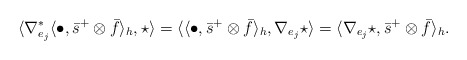
\begin{align*}\langle\nabla_{e_{j}}^{*}\langle\bullet, \bar{s}^{+}\otimes \bar{f} \rangle_{h},\star\rangle=\langle\langle\bullet, \bar{s}^{+}\otimes \bar{f} \rangle_{h},\nabla_{e_{j}}\star\rangle=\langle\nabla_{e_{j}}\star,\bar{s}^{+}\otimes \bar{f} \rangle_{h}. \end{align*}